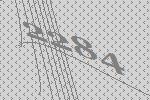
2284